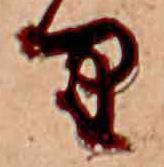
り